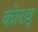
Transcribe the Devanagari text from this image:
कोरव्